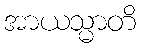
အာယသ္မာတိ